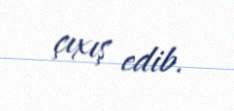
çıxış edib.